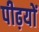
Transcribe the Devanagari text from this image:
पीढ़यों